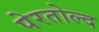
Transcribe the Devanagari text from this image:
पेरतोल्द